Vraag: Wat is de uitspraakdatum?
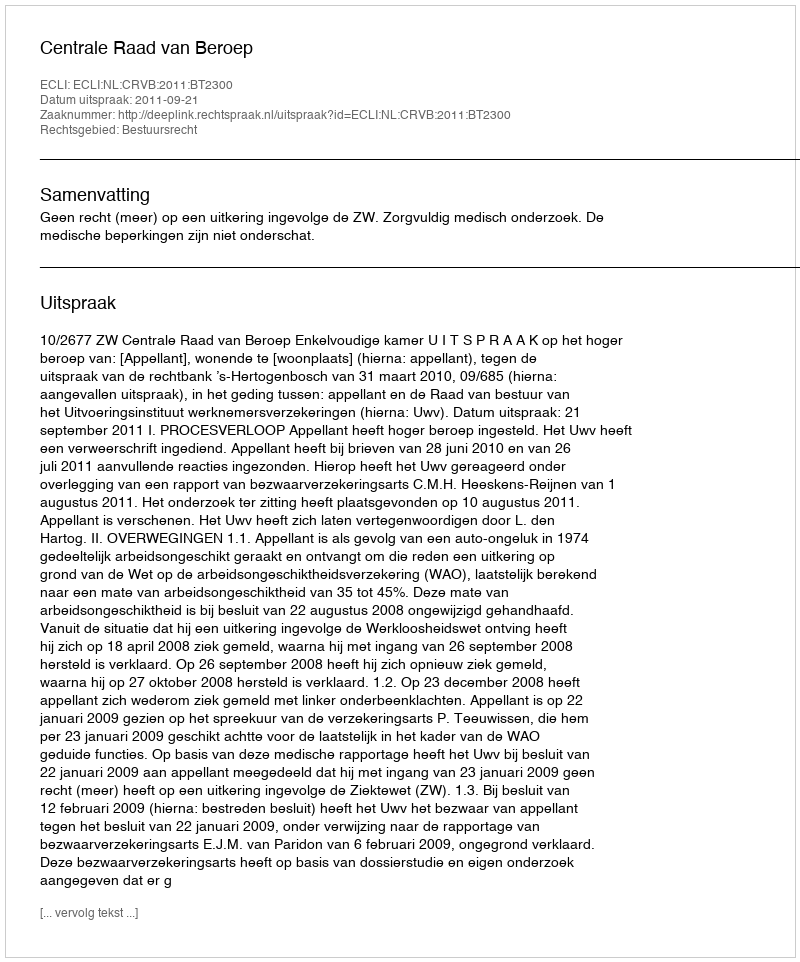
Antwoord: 2011-09-21